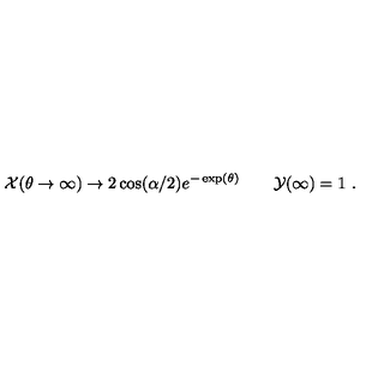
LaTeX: { \cal X } ( \theta \to \infty ) \to 2 \cos ( \alpha / 2 ) e ^ { - \exp ( \theta ) } \qquad { \cal Y } ( \infty ) = 1 \ .